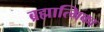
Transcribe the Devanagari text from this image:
ब्रह्मात्मिका